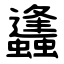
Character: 蠭